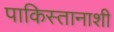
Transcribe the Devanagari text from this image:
पाकिस्तानाशी